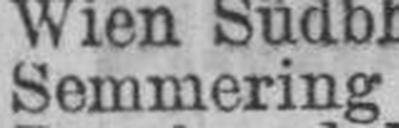
Semmering